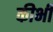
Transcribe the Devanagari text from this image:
कीभी